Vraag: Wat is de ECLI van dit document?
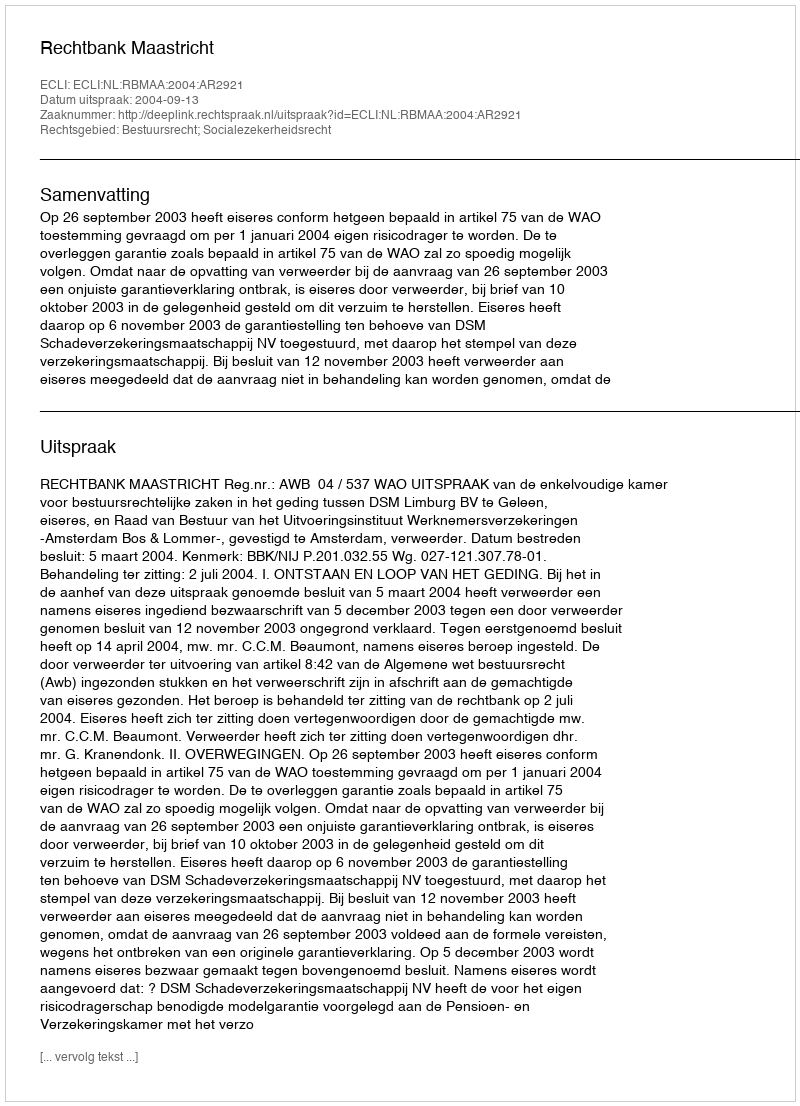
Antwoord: ECLI:NL:RBMAA:2004:AR2921